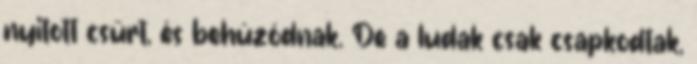
nyitott csűrt, és behúzódnak. De a ludak csak csapkodtak,